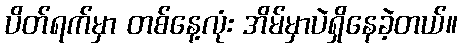
ပိတ်ရက်မှာ တစ်နေ့လုံး အိမ်မှာပဲရှိနေခဲ့တယ်။